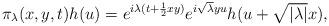
LaTeX: \begin{align*}\pi_\lambda (x,y,t)h(u)=e^{i \lambda (t+\frac 12 xy)} e^{i \sqrt{\lambda} yu} h(u+\sqrt{|\lambda|} x),\end{align*}